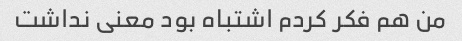
من هم فکر کردم اشتباه بود معنی نداشت